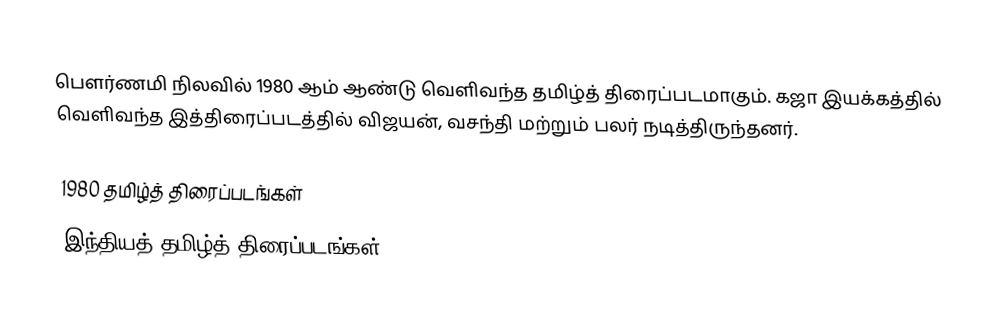
பௌர்ணமி நிலவில் 1980 ஆம் ஆண்டு வெளிவந்த தமிழ்த் திரைப்படமாகும். கஜா இயக்கத்தில் வெளிவந்த இத்திரைப்படத்தில் விஜயன், வசந்தி மற்றும் பலர் நடித்திருந்தனர்.

1980 தமிழ்த் திரைப்படங்கள்
இந்தியத் தமிழ்த் திரைப்படங்கள்